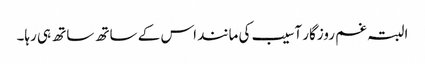
البتہ غم روزگار آسیب کی مانند اس کے ساتھ ساتھ ہی رہا۔